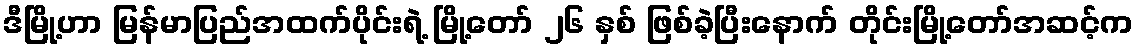
ဒီမြို့ဟာ မြန်မာပြည်အထက်ပိုင်းရဲ့ မြို့တော် ၂၆ နှစ် ဖြစ်ခဲ့ပြီးနောက် တိုင်းမြို့တော်အဆင့်က